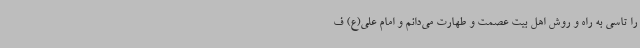
را تاسی به راه و روش اهل بیت عصمت و طهارت می‌دانم و امام علی(ع) ف